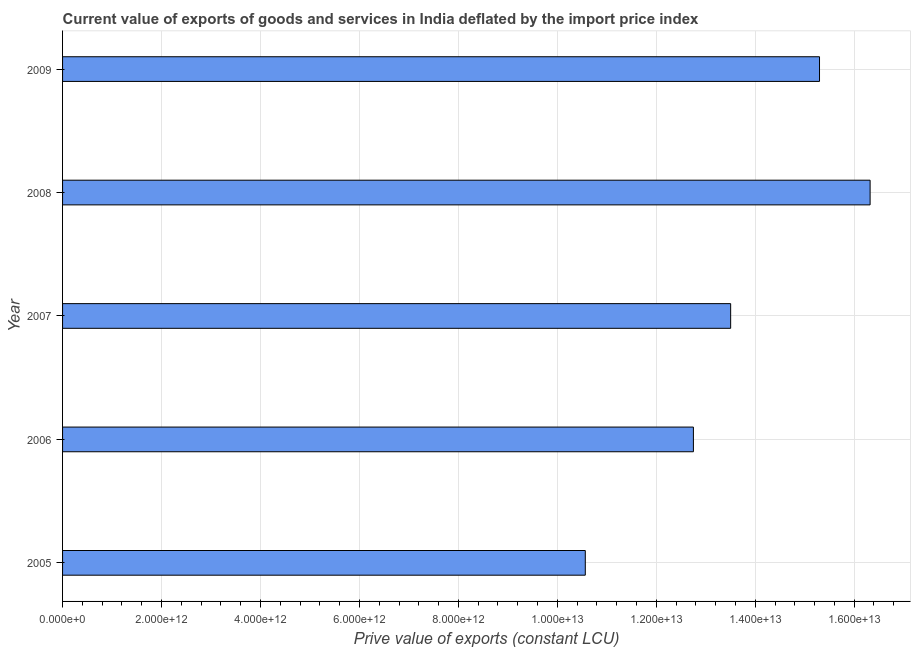
| Year | Exports as a capacity to import (constant LCU) |
 | --- | --- |
 | 2005 | 1.06e+13 |
 | 2006 | 1.28e+13 |
 | 2007 | 1.35e+13 |
 | 2008 | 1.63e+13 |
 | 2009 | 1.53e+13 |